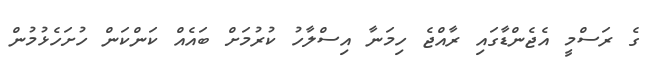
ގެ ރަސްމީ އެޖެންޑާގައި ރާއްޖެ ހިމަނާ އިސްލާހު ކުރުމަށް ބައެއް ކަންކަން ހުށަހެޅުމުން